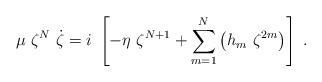
LaTeX: \begin{align*}\mu ~\zeta ^{N}~\dot{\zeta}=i~\left[ -\eta ~\zeta^{N+1}+\sum_{m=1}^{N}\left( h_{m}~\zeta ^{2m}\right) \right] ~. \end{align*}